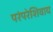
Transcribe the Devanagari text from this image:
परंपरेशिवाय